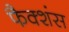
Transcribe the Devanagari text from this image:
फैक्शंस